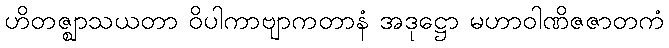
ဟိတဇ္ဈာသယတာ ဝိပါကာဗျာကတာနံ အဒုဋ္ဌော မဟာဝါဏိဇဇာတကံ